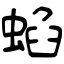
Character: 蜭